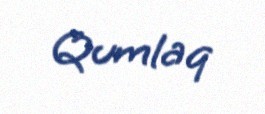
Qumlaq